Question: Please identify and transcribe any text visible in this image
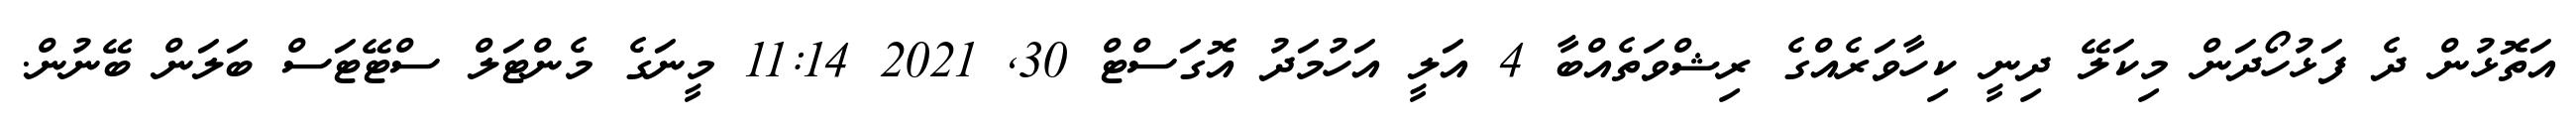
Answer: އަތޮޅުން ދެ ފަޅުހޯދަން މިކަލޭ ދިނީ ކިހާވަރެއްގެ ރިޝްވަތެއްބާ 4 އަލީ އަހުމަދު އޮގަސްޓް 30, 2021 11:14 މީނަގެ މެންޓަލް ސްޓޭޓަސް ބަލަން ބޭނުން.